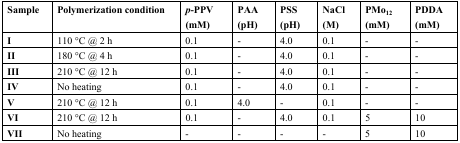
| Sample | Polymerization condition | p-PPV (mM) | PAA (pH) | PSS (pH) | NaCl (M) | PMo12 (mM) | PDDA (mM) |
 | --- | --- | --- | --- | --- | --- | --- | --- |
 | I | 110 °C @ 2 h | 0.1 | - | 4.0 | 0.1 | - | - |
 | II | 180 °C @ 4 h | 0.1 | - | 4.0 | 0.1 | - | - |
 | III | 210 °C @ 12 h | 0.1 | - | 4.0 | 0.1 | - | - |
 | IV | No heating | 0.1 | - | 4.0 | 0.1 | - | - |
 | V | 210 °C @ 12 h | 0.1 | 4.0 | - | 0.1 | - | - |
 | VI | 210 °C @ 12 h | 0.1 | - | 4.0 | 0.1 | 5 | 10 |
 | VII | No heating | - | - | - | - | 5 | 10 |